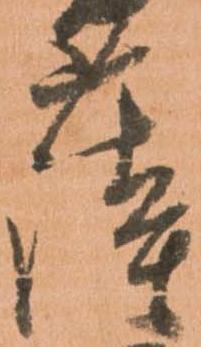
薩